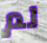
لم